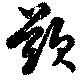
歎